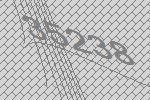
35238